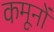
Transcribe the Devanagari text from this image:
कमूनों